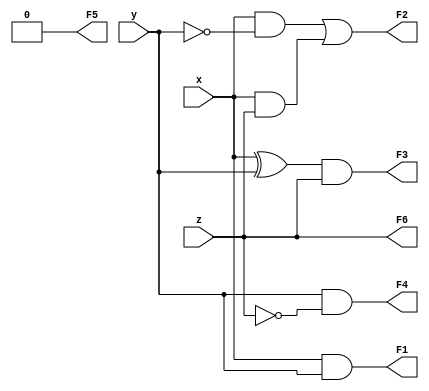
/* Design a combinational circuit that accepts 
  a three bit number and generates	an output
 binary number equal to the square of the input.
 
(a) Write a Verilog gate-level description of the circuit.
(b) Write a test bench and simulate the circuit to verify the answer in part (a) (be sure to test all
input combinations)

*/

`timescale 1 ns / 1 ps		  

module Quiz1_A (F1, F2, F3, F4, F5, F6, x, y, z);
	input x, y, z;
	output F1, F2, F3, F4, F5, F6;
	
	wire not_z, not_y, xor_xy, w1, w2;
	
	assign F6 = z;
	assign F5 = 0;
	not (not_z, z);
	and (F4, y, not_z);
	xor	(xor_xy, x, y);
	and (F3, xor_xy, z);
	not (not_y, y);
	and (w1, x,  not_y);
	and (w2, x,  z);
	or (F2, w1, w2);
	and (F1, x,  y);
	

endmodule